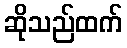
ဆိုသည်ထက်